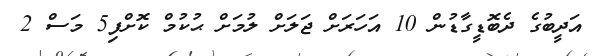
އަދީބުގެ ދެބޮޑީގާޑުން 10 އަހަރަށް ޖަލަށް ލުމަށް ޙުކުމް ކޮށްފި5 މަސް 2